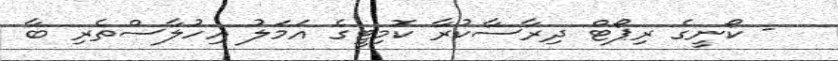
- ކޯނީގެ ރިޕޯޓް ދިރާސާކުރާ ކޮމިޓީގެ އަމަލު އިހުލާސްތެރި ބާ